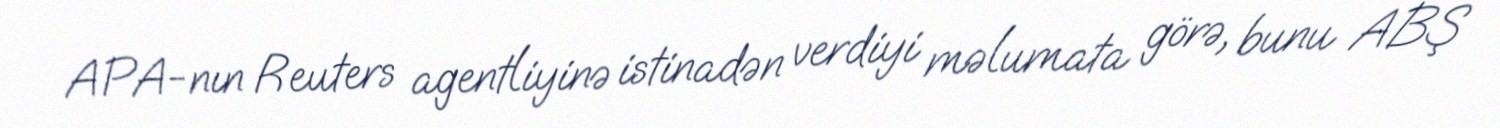
APA-nın Reuters agentliyinə istinadən verdiyi məlumata görə, bunu ABŞ